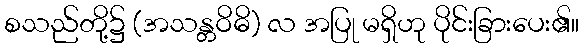
စသည်တို့၌ (အသန္တဝိဓိ) လ အပြု မရှိဟု ပိုင်းခြားပေး၏။